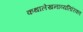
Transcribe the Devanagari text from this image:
कथालेखनाव्यतिरिक्त